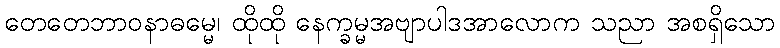
တေတေဘာဝနာဓမ္မေ၊ ထိုထို နေက္ခမ္မအဗျာပါဒအာလောက သညာ အစရှိသော